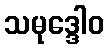
သမုဒ္ဒေါဝ